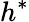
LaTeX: h^{\ast}